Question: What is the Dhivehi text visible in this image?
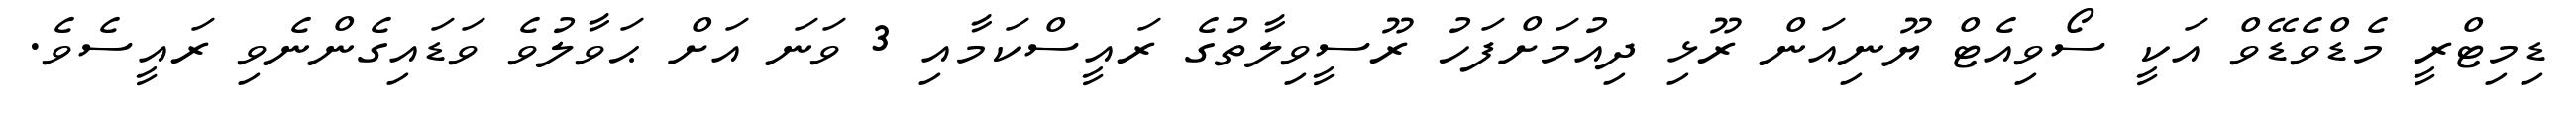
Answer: ޑިމިޓްރީ މެޑްވެޑޭވް އަކީ ސޯވިއެޓް ޔޫނިއަން ރޫޅި ދިއުމަށްފަހު ރޫސީވިލާތުގެ ރައީސްކަމާއި 3 ވަނަ އަށް ޙަވާލުވެ ވަޑައިގެންނެވި ރައީސެވެ.